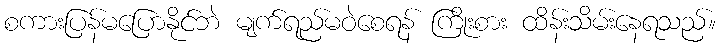
စကားပြန်မပြောနိုင်ဘဲ မျက်ရည်မဝဲစေရန် ကြိုးစား ထိန်းသိမ်းနေရသည်။